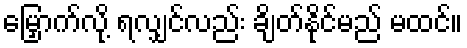
မြှောက်လို့ ရလျှင်လည်း ချိတ်နိုင်မည် မထင်။